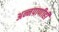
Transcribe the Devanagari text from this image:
अन्नपाणीही